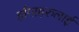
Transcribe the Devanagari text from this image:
हाँगाहरुलाई